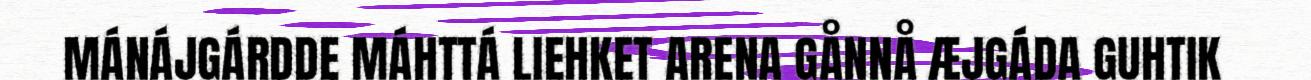
MÁNÁJGÁRDDE MÁHTTÁ LIEHKET ARENA GÅNNÅ ÆJGÁDA GUHTIK